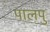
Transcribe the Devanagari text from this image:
पालपु